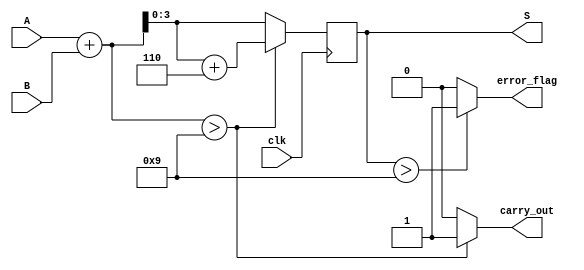
module BCD_Redundant_Binary_Adder(
    input wire clk,
    input wire [3:0] A, // BCD digit A
    input wire [3:0] B, // BCD digit B
    output reg [3:0] S, // BCD Sum
    output reg carry_out, // Carry to next BCD digit
    output reg error_flag // Error detection flag
);
    
    // Internal signals
    wire [4:0] sum; // Sum of A and B
    wire [4:0] corrected_sum; // Corrected sum if needed

    // Initial sum calculation (without carry correction)
    assign sum = A + B;

    // Correction logic: Add 6 if the sum exceeds 9
    always @(*) begin
        if (sum > 9) begin
            corrected_sum = sum + 5'b0110; // Adding 6 to correct BCD
            carry_out = 1; // Set carry out if correction is applied
        end else begin
            corrected_sum = sum; // No correction needed
            carry_out = 0; // No carry out
        end
    end

    // Output assignment for the corrected sum
    always @(posedge clk) begin
        S <= corrected_sum[3:0]; // Assign the least significant 4 bits to the output
    end

    // Error detection logic: Check if output S is a valid BCD digit
    always @(*) begin
        if (S > 9) begin
            error_flag = 1; // Set error flag if output is invalid BCD
        end else begin
            error_flag = 0; // Clear error flag if output is valid BCD
        end
    end

endmodule